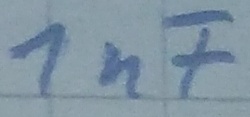
Text: 1nF